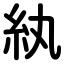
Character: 紈